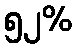
၅၂%